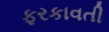
ફરકાવતી